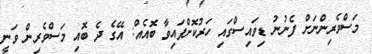
މަސްވެރިންނަށް ފެނުނު ޑިވައިސްގައި ހަރުކޮށްފައިވާ ބޮއެއް: އޭގެ ދެ ބޮއި މަސްވެރިން ވަނީ